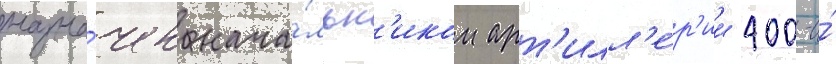
назна́чен нача́льн'иком арт'илл'е́р'ии 400-и́